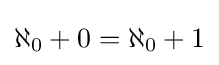
{\textstyle \aleph _{0}+0=\aleph _{0}+1}